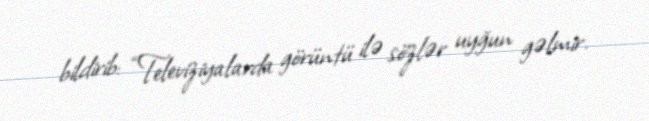
bildirib: “Televiziyalarda görüntü ilə sözlər uyğun gəlmir.